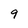
Character: 9